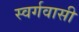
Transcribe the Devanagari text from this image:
स्‍वर्गवासी